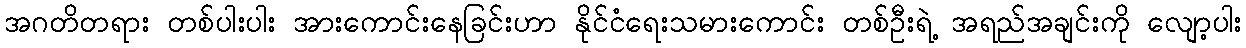
အဂတိတရား တစ်ပါးပါး အားကောင်းနေခြင်းဟာ နိုင်ငံရေးသမားကောင်း တစ်ဦးရဲ့ အရည်အချင်းကို လျော့ပါး